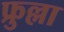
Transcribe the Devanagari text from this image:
फ्रुल्ला